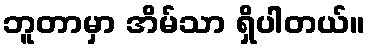
ဘူတာမှာ အိမ်သာ ရှိပါတယ်။